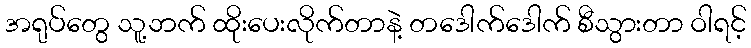
အရုပ်တွေ သူ့ဘက် ထိုးပေးလိုက်တာနဲ့ တဒေါက်ဒေါက် စီသွားတာ ဝါရင့်